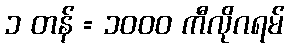
၁ တန် = ၁၀၀၀ ကီလိုဂရမ်